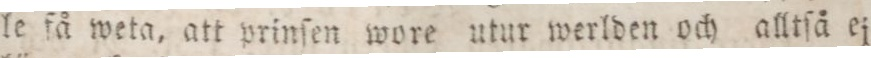
le få weta, att prinſen wore utur werlden och alltſå ej